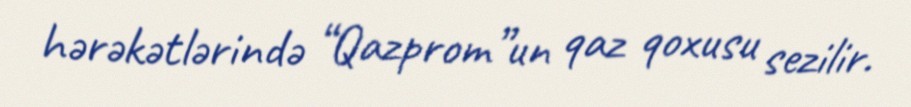
hərəkətlərində “Qazprom”un qaz qoxusu sezilir.